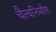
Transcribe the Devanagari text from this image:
चैत्यनिर्माण